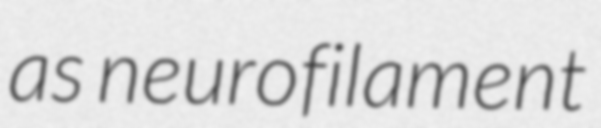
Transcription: as neurofilament